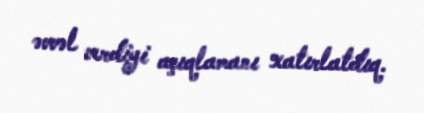
əvvəl verdiyi açıqlamanı xatırlatdıq.